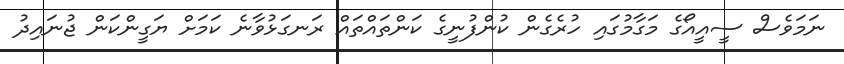
ނަމަވެސް ސީއީއޯގެ މަގާމުގައި ހުރެގެން ކުންފުނީގެ ކަންތައްތައް ރަނގަޅުވާނެ ކަަމަށް ޔަގީންކަން ޖުނައިދު